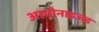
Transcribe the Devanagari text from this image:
आयोनाइजड